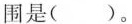
围是( )。